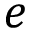
e